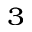
^ { 3 }